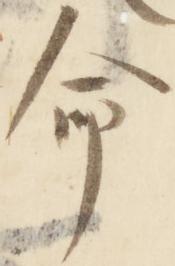
命